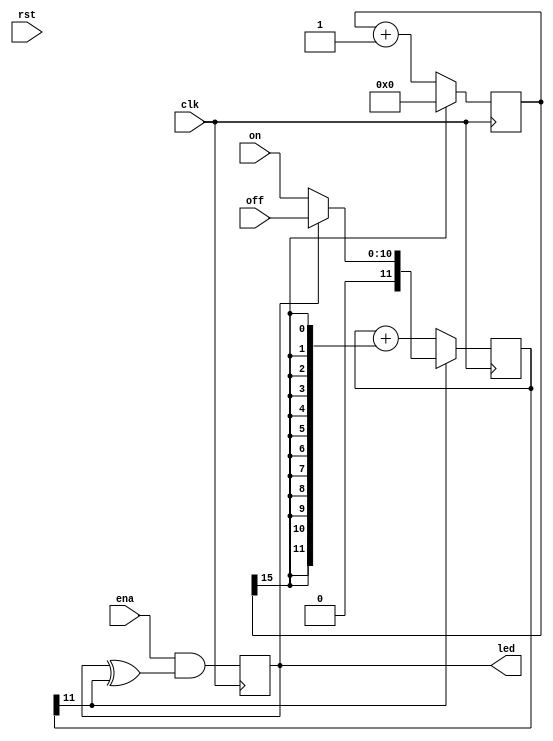
/*
 * led_blinker.v
 *
 * vim: ts=4 sw=4
 *
 * Copyright (C) 2021  Sylvain Munaut <tnt@246tNt.com>
 * SPDX-License-Identifier: CERN-OHL-P-2.0
 */

`default_nettype none

module led_blinker #(
	parameter integer DW = 15,
	parameter integer TW = 11
)(
	// LED
	output wire led,

	// Config
	input  wire          ena,
	input  wire [TW-1:0] off,
	input  wire [TW-1:0] on,

	// Clock / Reset
	input  wire clk,
	input  wire rst
);

	// Signals
	// -------

	// Pre Divider
	reg  [DW:0] div_cnt = 0;	// Init for SIM only
	wire        div_tick;

	// Timer
	reg  [TW:0] timer_cnt = 0;	// Init for SIM only
	wire        timer_tick;

	// State
	reg         state;


	// Divider
	// -------

	always @(posedge clk)
		if (div_tick)
			div_cnt <= 0;
		else
			div_cnt <= div_cnt + 1;

	assign div_tick = div_cnt[DW];


	// On/Off timer
	// ------------

	always @(posedge clk)
		if (timer_tick)
			timer_cnt <= state ? {1'b0, off} : {1'b0, on};
		else
			timer_cnt <= timer_cnt + {(TW+1){div_tick}};
	
	assign timer_tick = timer_cnt[TW];


	// Output
	// ------
	
	always @(posedge clk)
		state <= ena & (state ^ timer_tick);

	assign led = state;

endmodule // led_blinker